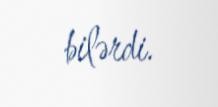
bilərdi.